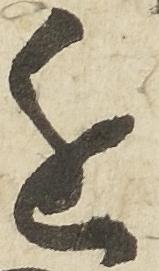
進